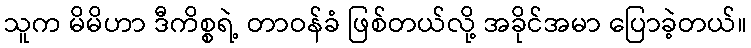
သူက မိမိဟာ ဒီကိစ္စရဲ့ တာဝန်ခံ ဖြစ်တယ်လို့ အခိုင်အမာ ပြောခဲ့တယ်။